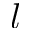
\ensuremath { l }